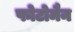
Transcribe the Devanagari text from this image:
फोटोमैन